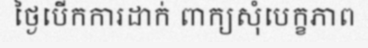
ថ្ងៃបើកការដាក់ ពាក្យសុំបេក្ខភាព